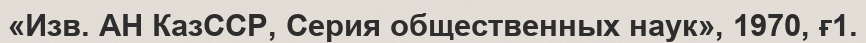
«Изв. АН КазССР, Серия общественных наук», 1970, ғ1.